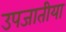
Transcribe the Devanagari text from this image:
उपजातीया